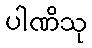
ပါဏိသု